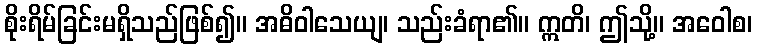
စိုးရိမ်ခြင်းမရှိသည်ဖြစ်၍။ အဓိဝါသေယျ၊ သည်းခံရာ၏။ ဣတိ၊ ဤသို့။ အဝေါစ၊